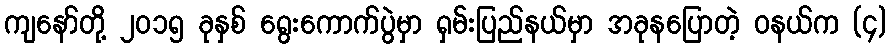
ကျနော်တို့ ၂၀၁၅ ခုနှစ် ရွေးကောက်ပွဲမှာ ရှမ်းပြည်နယ်မှာ အခုနပြောတဲ့ ဝနယ်က (၄)